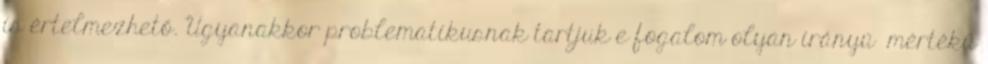
is értelmezhető. Ugyanakkor problematikusnak tartjuk e fogalom olyan irányú mértékű